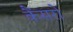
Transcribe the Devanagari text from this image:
कैंसरो